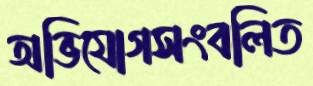
অভিযোগসংবলিত